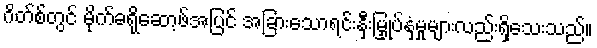
ဂိတ်စ်တွင် မိုက်ခရိုဆော့ဖ်အပြင် အခြားသောရင်းနှီးမြှုပ်နှံမှုများလည်းရှိသေးသည်။